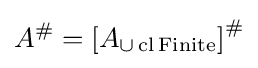
A^{\#}=\left[A_{\cup \operatorname {cl} \operatorname {Finite} }\right]^{\#}